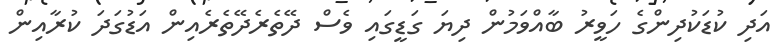
އަދި ކުޑަކުދިންގެ ހަވީރު ބާއްވަމުން ދިޔަ ގަޑީގައި ވެސް ދޭތެރެދޭތެރެއިން އަޑުގަދަ ކުރާއިން